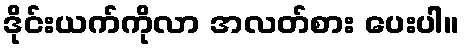
ဒိုင်းယက်ကိုလာ အလတ်စား ပေးပါ။